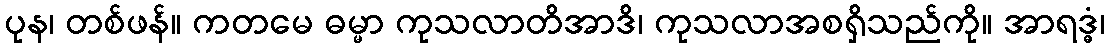
ပုန၊ တစ်ဖန်။ ကတမေ ဓမ္မာ ကုသလာတိအာဒိ၊ ကုသလာအစရှိသည်ကို။ အာရဒ္ဓံ၊